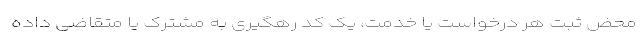
محض ثبت هر درخواست یا خدمت، یک کد رهگیری به مشترک یا متقاضی داده